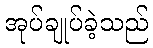
အုပ်ချုပ်ခဲ့သည်